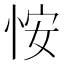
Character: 𪫲